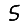
Digit: 5